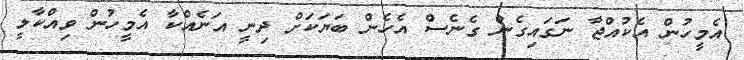
އެމީހުން އެކުއްޖާ ނަގައިގެން ގެނެސް އެހެން ބަޔަކަށް ދިނީ އަނެއްކާ އެމީހުން ވިއްކާލީ